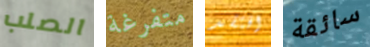
الصلب متفرغة افتقد سائقة